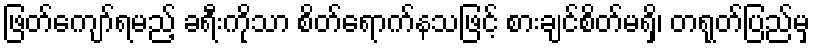
ဖြတ်ကျော်ရမည့် ခရီးကိုသာ စိတ်ရောက်နသဖြင့် စားချင်စိတ်မရှိ၊ တရုတ်ပြည်မှ